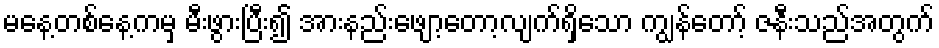
မနေ့တစ်နေ့ကမှ မီးဖွားပြီး၍ အားနည်းဖျော့တော့လျက်ရှိသော ကျွန်တော့် ဇနီးသည်အတွက်